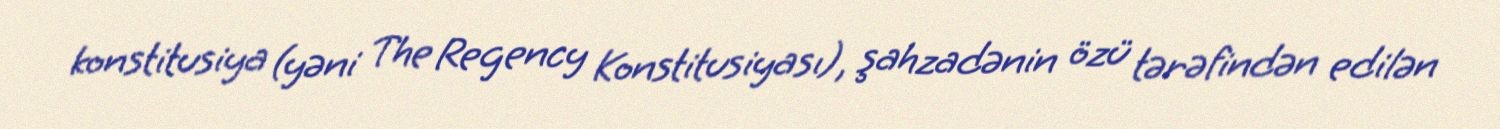
konstitusiya (yəni The Regency Konstitusiyası), şahzadənin özü tərəfindən edilən